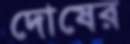
দোষের